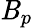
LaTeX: \mathit{B}_{p}